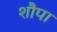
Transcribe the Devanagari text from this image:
शौपा